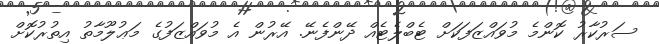
ސަރުކާރު ކޮންމެ މުވައްޒަފަކަށް ޓެބްލެޓެއް ދޭންފެނޭ. އޭރުން އެ މުވައްޒަފުގެ މަޢުލޫމާތު އިތުރުކޮށް